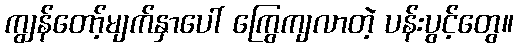
ကျွန်တော့်မျက်နှာပေါ် ကြွေကျလာတဲ့ ပန်းပွင့်တွေ။